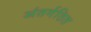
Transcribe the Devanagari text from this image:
अंतर्गठित